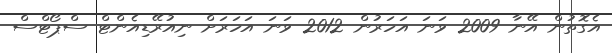
އެގޮތުން އޭނާ 2009 ވަނަ އަހަރުން 2012 ވަނަ އަހަރަށް ނިއުރޭޑިއެންޓް ސްޕޯޓްސް